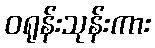
ဝရုန်းသုန်းကား